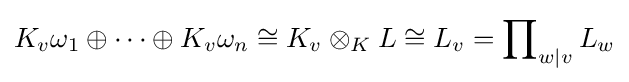
K_{v}\omega _{1}\oplus \cdots \oplus K_{v}\omega _{n}\cong K_{v}\otimes _{K}L\cong L_{v}=\prod \nolimits _{w|v}L_{w}